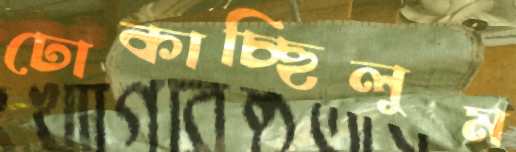
ঢোকাচ্ছিলুম